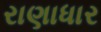
રાણાધાર